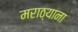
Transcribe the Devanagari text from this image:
मराठ्याना